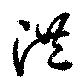
洪